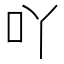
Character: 吖